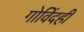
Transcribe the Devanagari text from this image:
गोविंदही